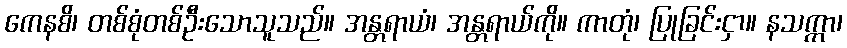
ကေနစိ၊ တစ်စုံတစ်ဦးသောသူသည်။ အန္တရာယံ၊ အန္တရာယ်ကို။ ကာတုံ၊ ပြုခြင်းငှာ။ နသက္ကာ၊